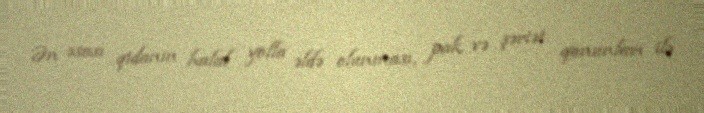
Ən əsası qidanın halal yolla əldə olunması, pak və şəriət qanunları ilə